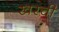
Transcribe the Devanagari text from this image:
खरची